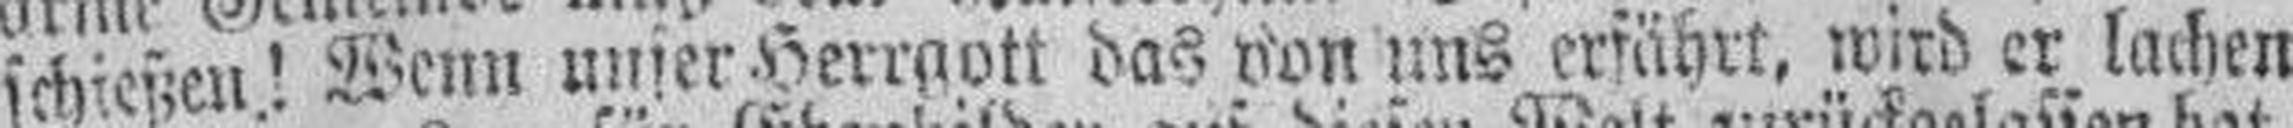
schießen! Wenn unser Herrgott das von uns erfährt, wird er lachen